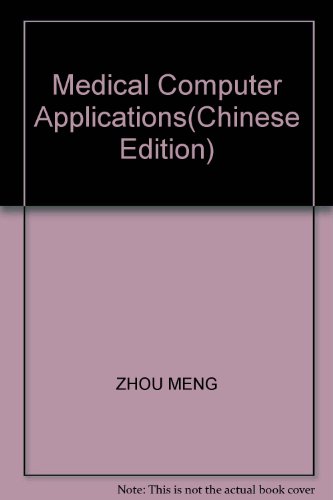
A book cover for Medical Computer Applications(Chinese Edition); ZHOU MENG; Medical Books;